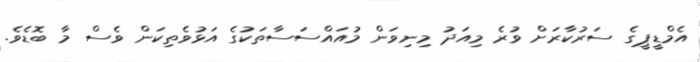
އެމްޑީޕީގެ ސަރުކާރަށް ވުރެ މިއަދު މިނިވަން މުއައްސަސާތަކުގެ އަޅުވެތިކަން ވެސް މާ ބޮޑެވެ.